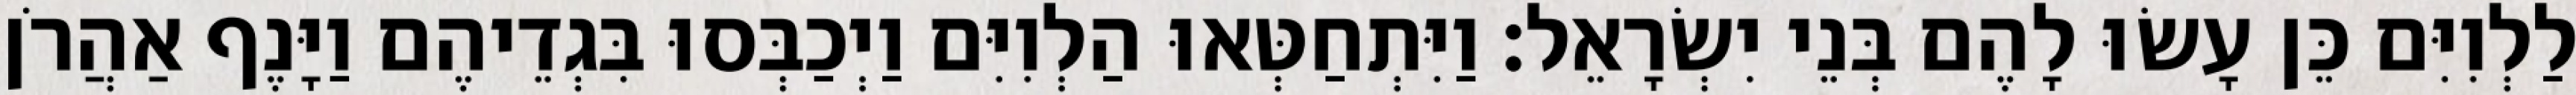
לַלְוִיִּם כֵּן עָשׂוּ לָהֶם בְּנֵי יִשְׂרָאֵל׃ וַיִּתְחַטְּאוּ הַלְוִיִּם וַיְכַבְּסוּ בִּגְדֵיהֶם וַיָּנֶף אַהֲרֹן